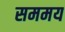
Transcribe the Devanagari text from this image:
सममय